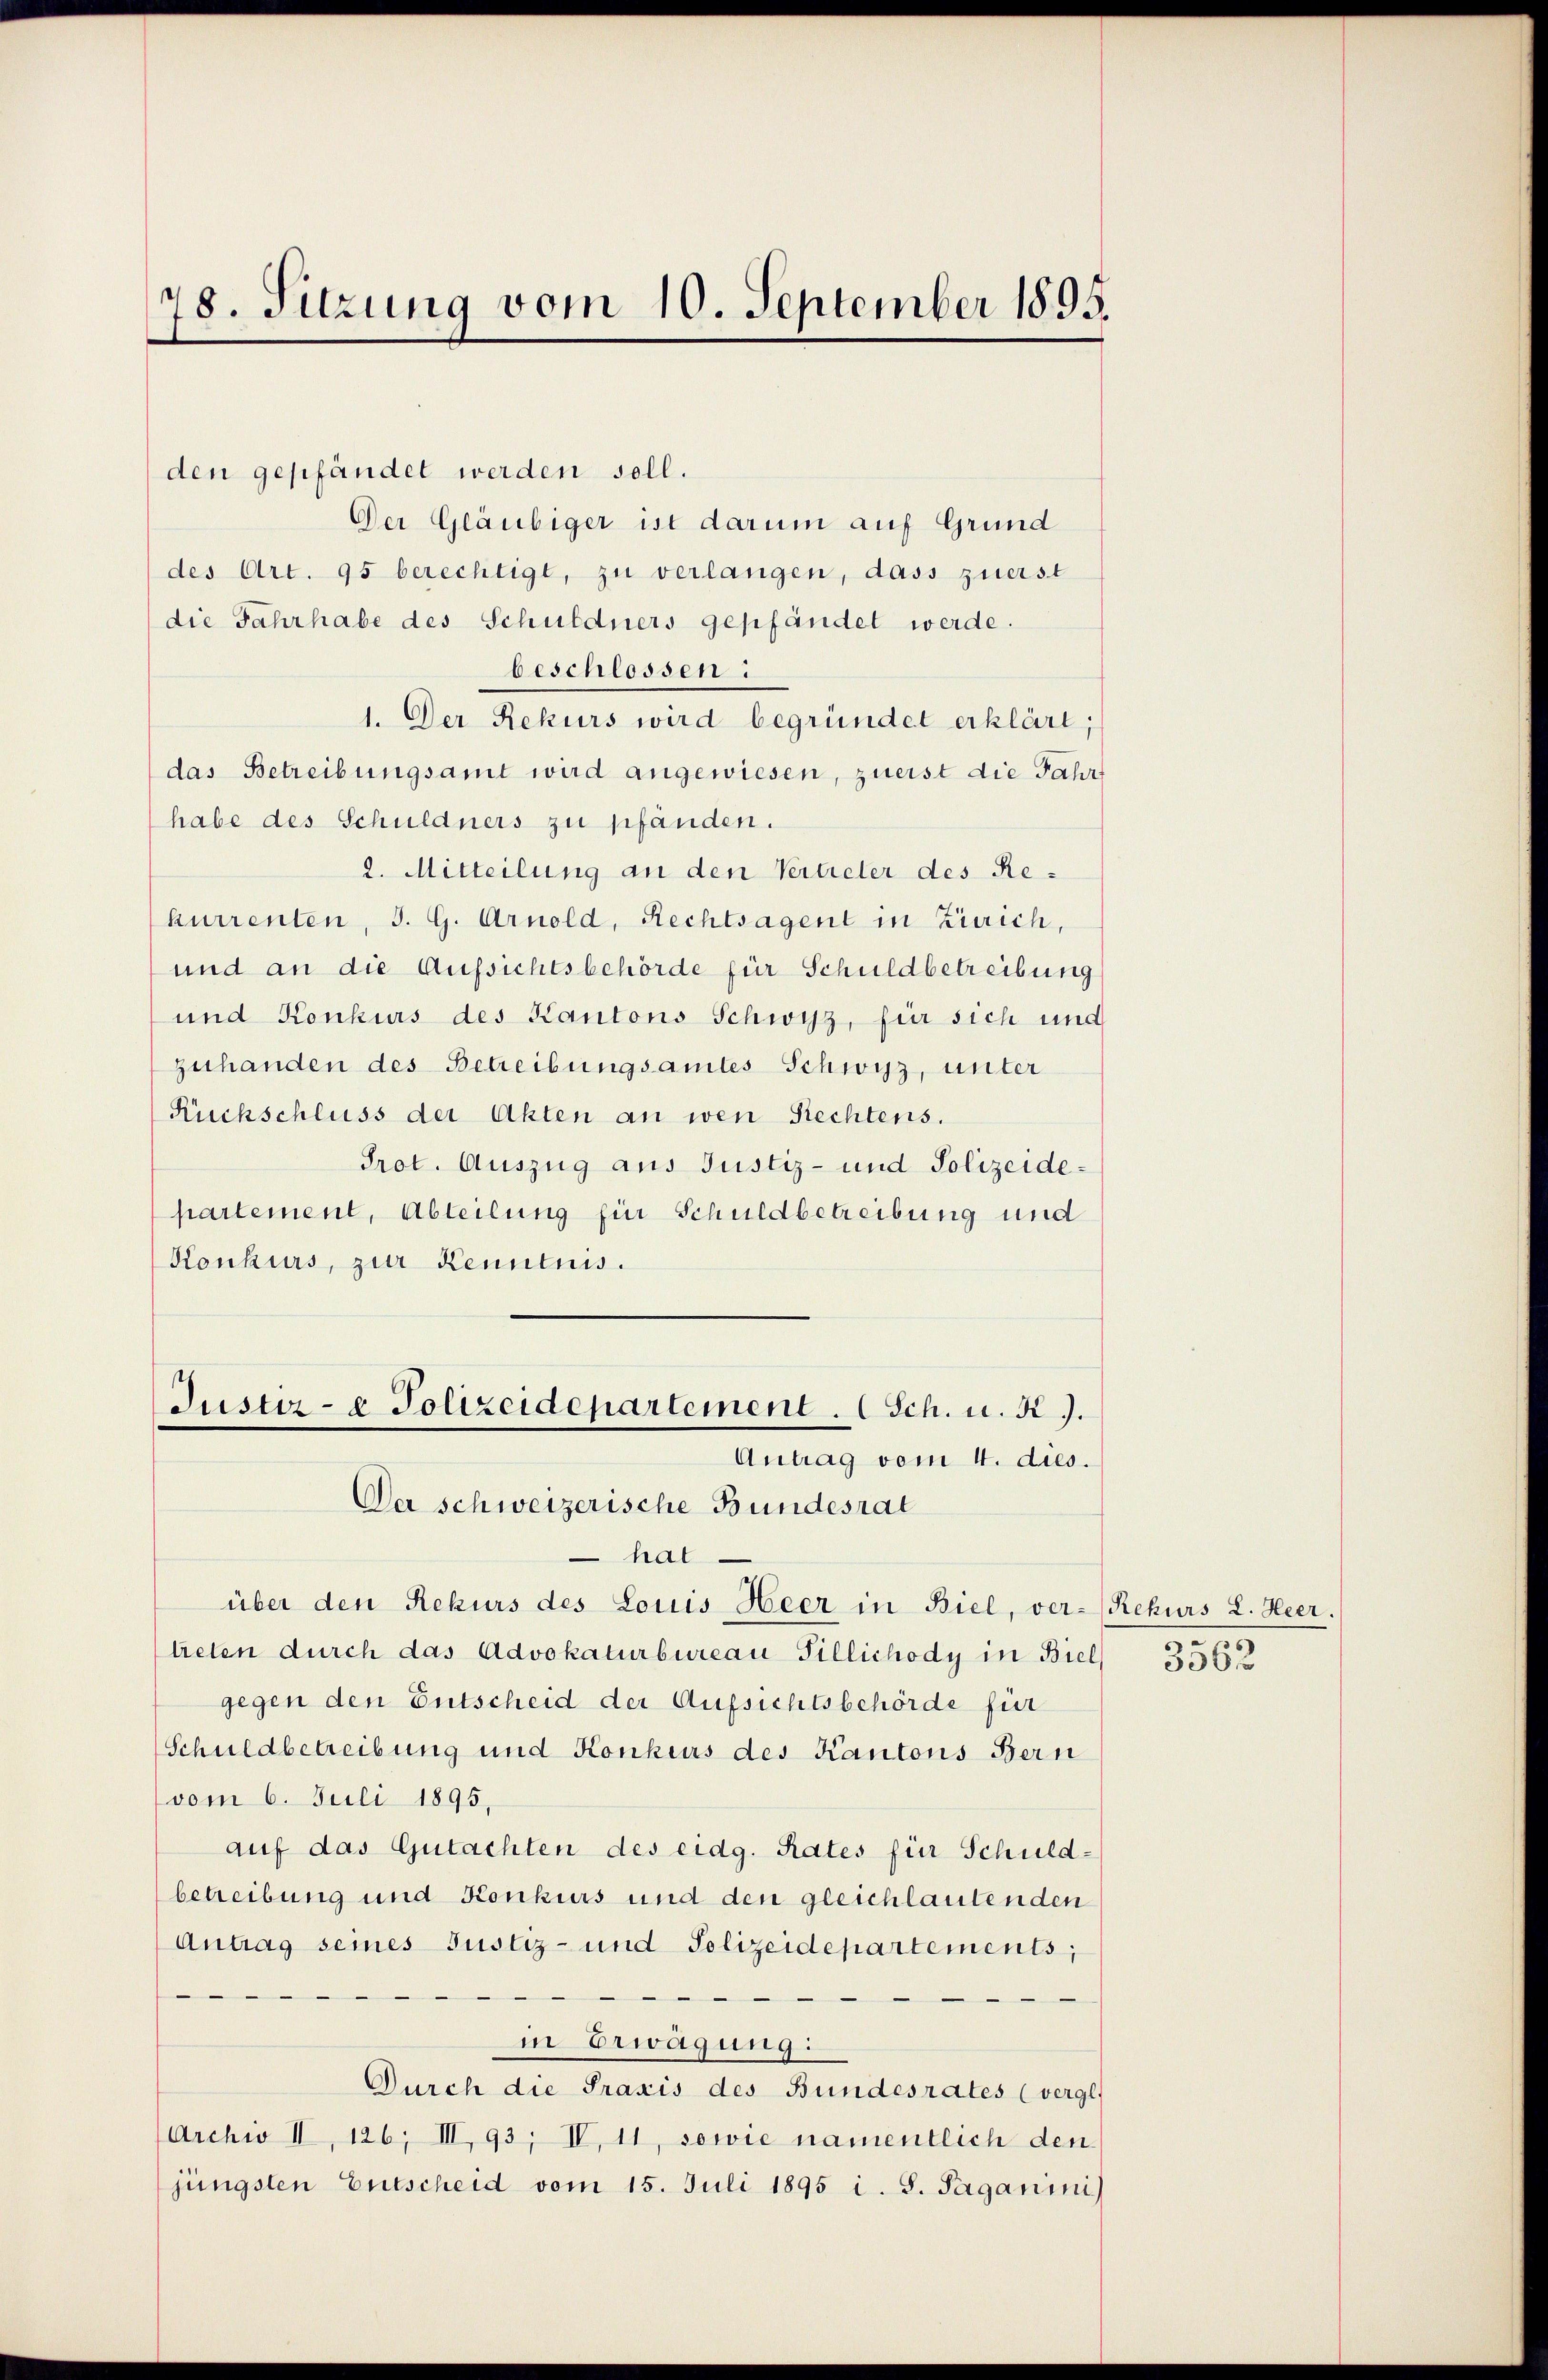
78. Sitzung vom 10. September 1895.

den gepfändet werden soll.
Der Gläubiger ist darum auf Grund
des Art. 95 berechtigt, zu verlangen, dass zuerst
die Jahrhabe des Schuldners gepfändet werde.
beschlossen:
1. Der Rekurs wird begründet erklärt;
das Betreibungsamt wird angewiesen, zuerst die Jahr
habe des Schuldners zu pfänden.
2. Mitteilung an den Vertreter des Rekurrenten, S. G. Arnold, Rechtsagent in Zürich,
und an die Aufsichtsbehörde für Schuldbetreibung
und Konkurs des Kantons Schwyz, für sich und
zuhanden des Betreibungsamtes Schwyz, unter
Rückschluss der Akten an wen Rechtens.
Prot. Auszug aus Justiz- und Polizeidepartement, Abteilung für Schuldbetreibung und
Konkurs, zur Kenntnis.
Justiz- & Polizeidepartement. (Sch. u. K.
Antrag vom 4. dies.
Der schweizerische Bundesrat
 hat
über den Rekurs des Louis Heer in Biel, ver- Rekurs L. Heer.
treten durch das Advokaturbureau Tillichody in Biel 356
gegen den Entscheid der Aufsichtsbehörde für
Schuldbetreibung und Konkurs des Kantons Bern
vom 6. Juli 1895.
auf das Gutachten des eidg. Rates für Schuldbetreibung und Konkurs und den gleichlautenden
Antrag seines Justiz- und Polizeidepartements;

in Erwägung:
Durch die Praxis des Bundesrates (vergl.
Archiv II, 126, III, 93, IV, 11, sowie namentlich den
jüngsten Entscheid vom 15. Juli 1895 i. S. Paganini)